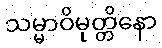
သမ္မာဝိမုတ္တိနော